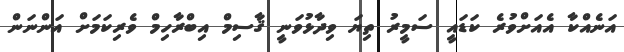
އަނެއްކާ އެއަށްވުރެ ކަޑައީ ސަމީރު ތިޔަ ވިދާޅުވަނީ ޤާސިމް އިބްރާހިމް ވެރިކަމަށް އަންނަން